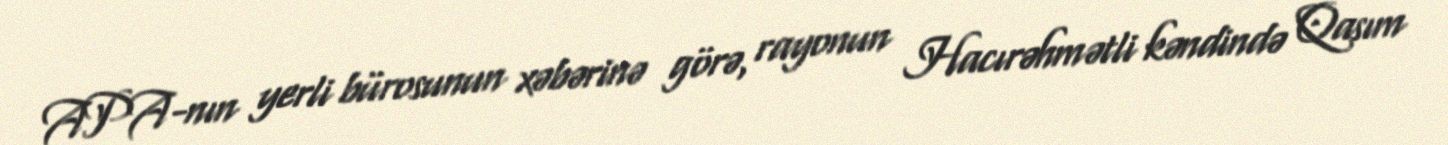
APA-nın yerli bürosunun xəbərinə görə, rayonun Hacırəhmətli kəndində Qasım